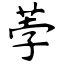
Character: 荸